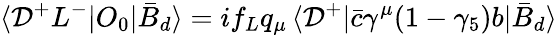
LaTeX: \langle\mathcal{D}^{+}L^{-}|O_{0}|\bar{{B}}_{d}\rangle=if_{L}q_{\mu}\, \langle\mathcal{D}^{+}|\bar{{c}}\gamma^{\mu}(1-\gamma_{5})b|\bar{{B}}_{d}\rangle